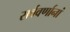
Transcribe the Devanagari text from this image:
सर्ववर्णानां